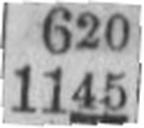
1145